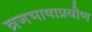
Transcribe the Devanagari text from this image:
व्रजभाषाप्रवीण